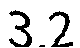
3.2